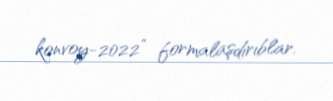
konvoy-2022” formalaşdırıblar.